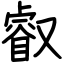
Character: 叡